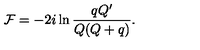
{ \cal F } = - 2 i \ln \frac { q Q ^ { \prime } } { Q ( Q + q ) } .